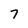
Character: 7